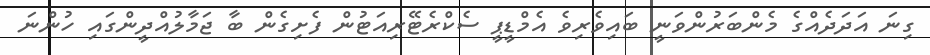
ގިނަ އަދަދެއްގެ މެންބަރުންވަނީ ބައިވެރިވެ އެމްޑީޕީ ސެކްރެޓޭރިއަޓުން ފެށިގެން ބާ ޖަމާލުއްދީންގައި ހުންނަ